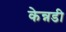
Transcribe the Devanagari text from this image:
केन्नडी